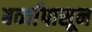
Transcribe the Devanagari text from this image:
बर्व्यांपासून